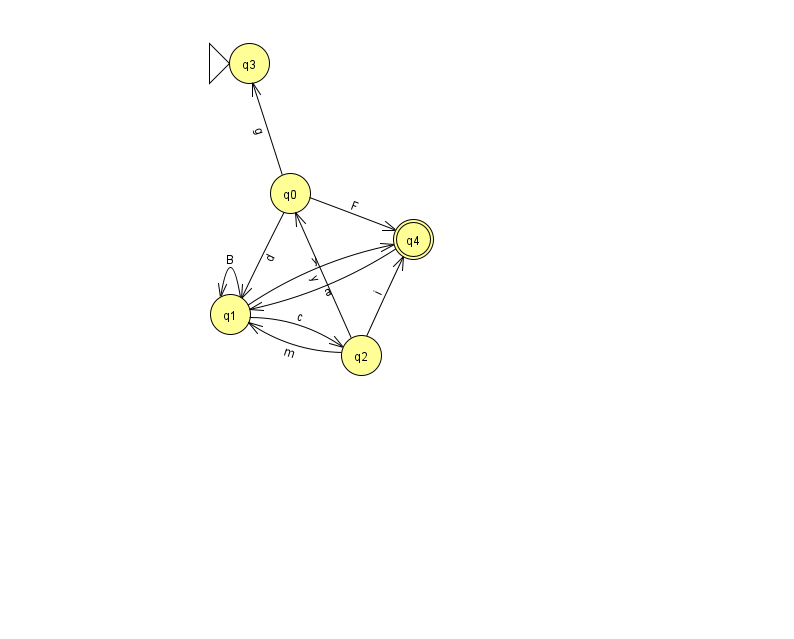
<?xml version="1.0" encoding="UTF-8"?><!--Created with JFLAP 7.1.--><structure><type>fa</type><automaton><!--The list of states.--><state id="0" name="q0"><x>290.0</x><y>180.0</y></state><state id="1" name="q1"><x>230.0</x><y>301.0</y></state><state id="2" name="q2"><x>361.0</x><y>342.0</y></state><state id="3" name="q3"><x>249.0</x><y>50.0</y><initial/></state><state id="4" name="q4"><x>413.0</x><y>226.0</y><final/></state><!--The list of transitions.--><transition><from>0</from><to>3</to><read>g</read></transition><transition><from>0</from><to>4</to><read>F</read></transition><transition><from>2</from><to>0</to><read>y</read></transition><transition><from>1</from><to>1</to><read>B</read></transition><transition><from>1</from><to>4</to><read>y</read></transition><transition><from>1</from><to>2</to><read>c</read></transition><transition><from>2</from><to>4</to><read>i</read></transition><transition><from>2</from><to>1</to><read>m</read></transition><transition><from>0</from><to>1</to><read>d</read></transition><transition><from>4</from><to>1</to><read>a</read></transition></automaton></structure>